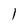
Character: 1